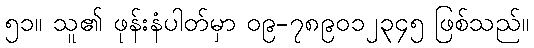
၅၁။ သူ၏ ဖုန်းနံပါတ်မှာ ၀၉-၇၈၉၀၁၂၃၄၅ ဖြစ်သည်။